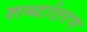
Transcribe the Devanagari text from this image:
शब्दांतरण